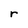
Character: r